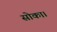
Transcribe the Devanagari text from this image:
सोका।